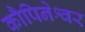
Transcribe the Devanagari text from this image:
कौपिनेश्वर